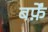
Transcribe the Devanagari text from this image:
बर्फ़ें